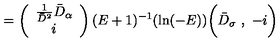
= \left( \begin{array} { c } { \frac { 1 } { \bar { D } ^ { 2 } } \bar { D } _ { \alpha } } \\ { i } \\ \end{array} \right) ( E + 1 ) ^ { - 1 } ( \mathrm { l n } ( - E ) ) \biggl ( \bar { D } _ { \sigma } \ , \ - i \biggr )